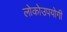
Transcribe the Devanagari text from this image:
लोकोउपयोगी